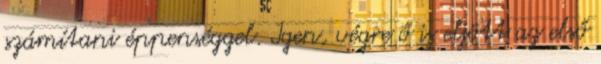
számítani éppenséggel. Igen, végre ő is eljött az első